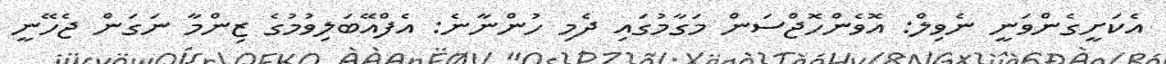
އެކަށީގެންވަނީ ނެވިލް: އޮވެންހޮޖްސަން މަގާމުގައި ދެމި ހުންނާނެ: އެފްއޭބަލިވުމުގެ ޒިންމާ ނަގަން ޖެހޭނީ